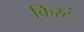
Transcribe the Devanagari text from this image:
किरटं